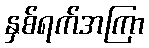
နှစ်ရက်အကြာ